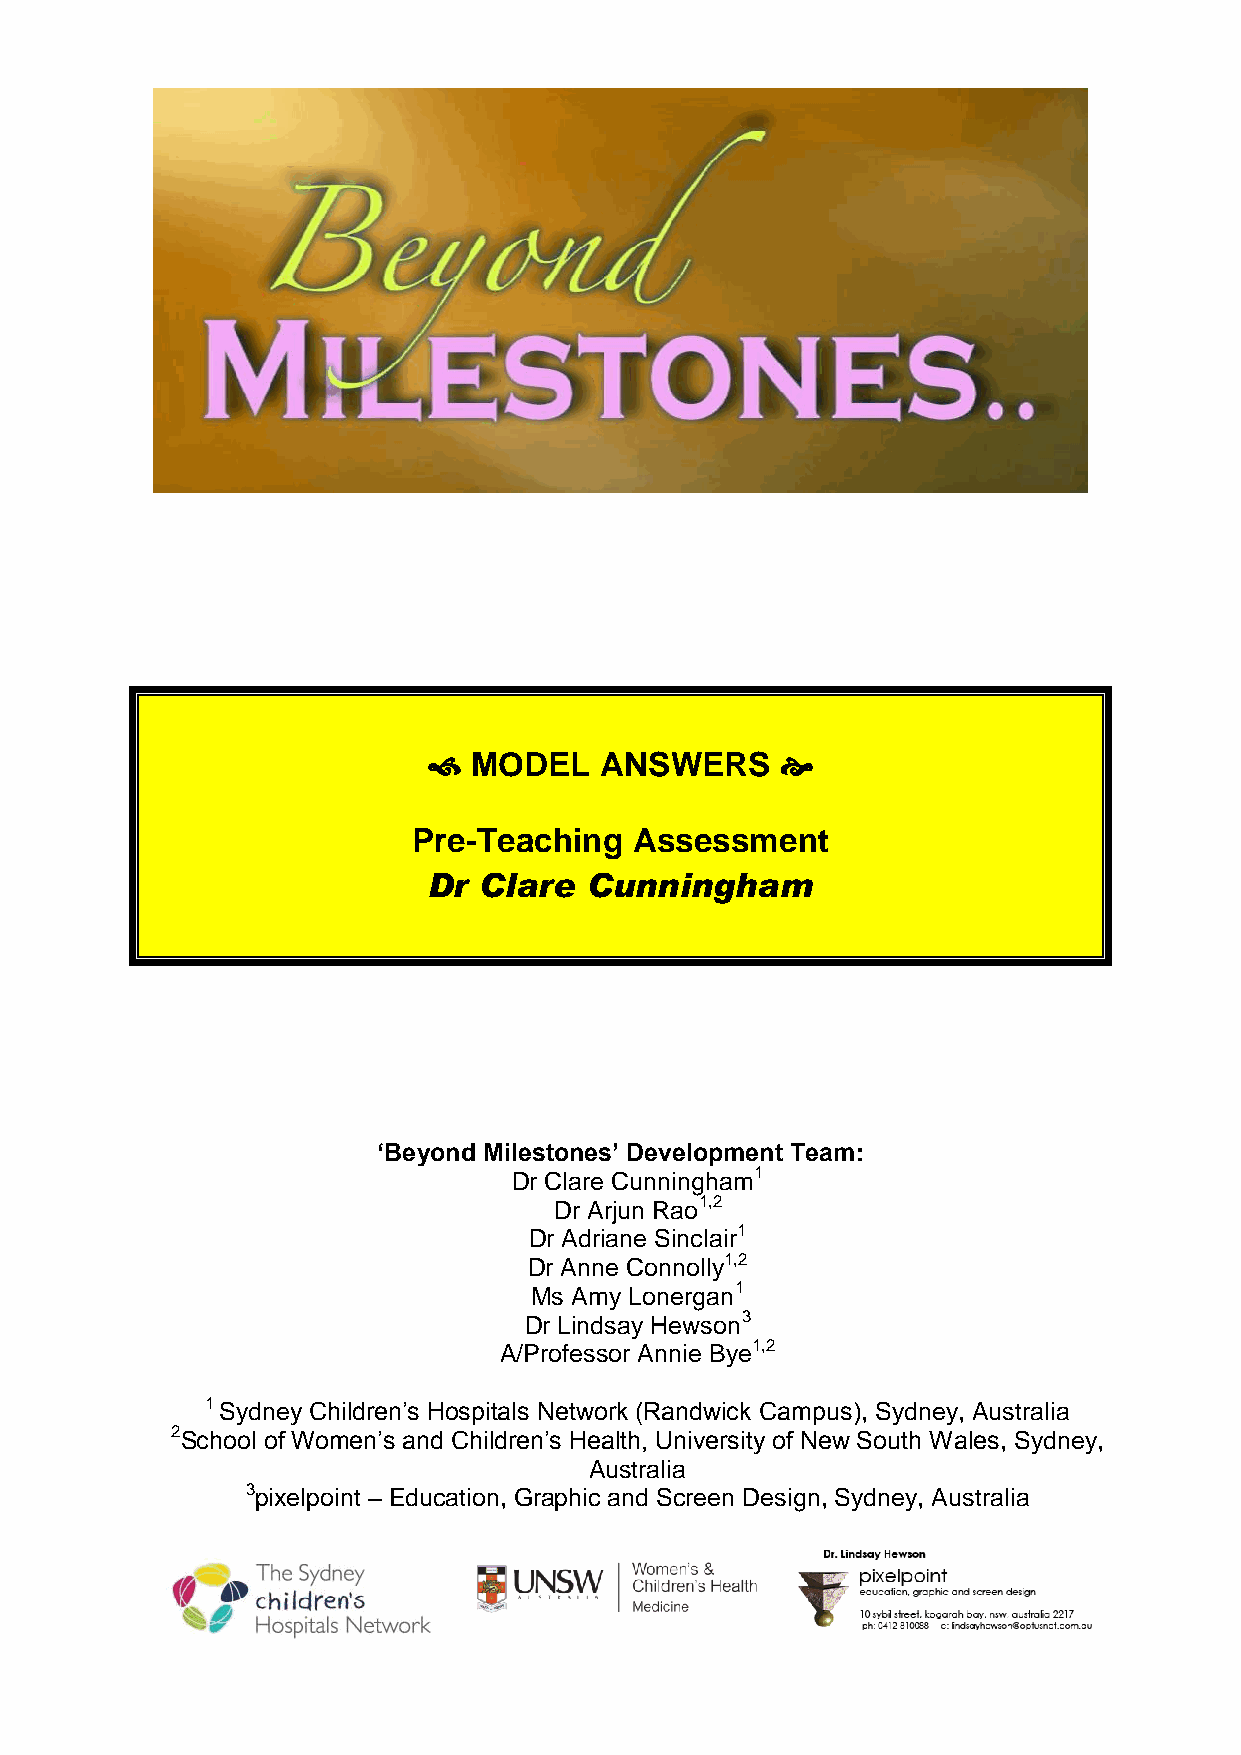
  MODEL    ANSWERS     
 Pre-Teaching   Assessment
 Dr  Clare  Cunningham
 ‘Beyond Milestones’ Development Team:
 Dr Clare Cunningham1
 Dr Arjun Rao1,2
 Dr Adriane Sinclair1
 Dr Anne Connolly1,2
 Ms Amy Lonergan1
 Dr Lindsay Hewson3
 A/Professor Annie Bye1,2
 1 Sydney Children‟s Hospitals Network (Randwick Campus), Sydney, Australia
 2School of Women‟s and Children‟s Health, University of New South Wales, Sydney,
 Australia
 3pixelpoint – Education, Graphic and Screen Design, Sydney, Australia